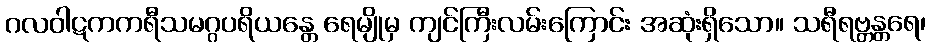
ဂလဝါဋကကရီသမဂ္ဂပရိယန္တေ ရေမျိုမှ ကျင်ကြီးလမ်းကြောင်း အဆုံးရှိသော။ သရီရဗ္တန္တရေ၊